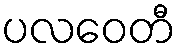
ပလဝေတီ